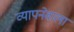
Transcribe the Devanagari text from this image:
व्यापनेवाला